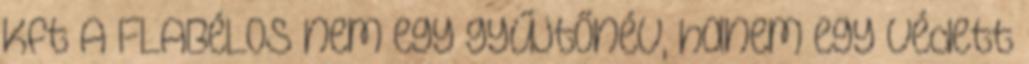
Kft A FLABéLOS nem egy gyűjtőnév, hanem egy védett